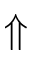
\Uparrow